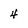
Character: 4